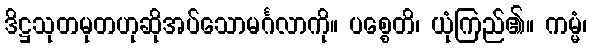
ဒိဋ္ဌသုတမုတဟုဆိုအပ်သောမင်္ဂလာကို။ ပစ္စေတိ၊ ယုံကြည်၏။ ကမ္မံ၊